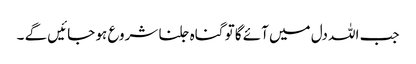
جب اللہ دل میں آئے گا تو گناہ جلنا شروع ہو جائیں گے ۔